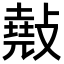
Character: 𢿣